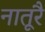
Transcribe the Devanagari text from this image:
नातूरै